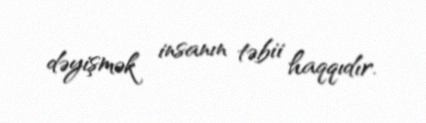
dəyişmək insanın təbii haqqıdır.